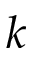
\boldsymbol { k }